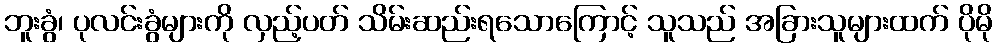
ဘူးခွံ၊ ပုလင်းခွံများကို လှည့်ပတ် သိမ်းဆည်းရသောကြောင့် သူသည် အခြားသူများထက် ပိုမို